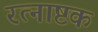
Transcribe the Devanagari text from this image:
रत्नाष्टक